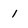
Character: 1